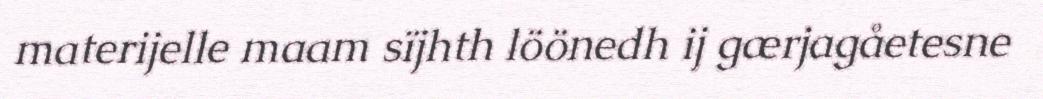
materijelle maam sïjhth löönedh ij gærjagåetesne